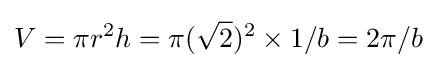
V=\pi r^{2}h=\pi ({\sqrt {2}})^{2}\times 1/b=2\pi /b